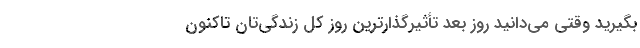
بگیرید وقتی می‌دانید روز بعد تأثیر‌گذار‌ترین روز کل زندگی‌تان تاکنون